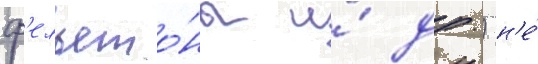
ф'ельето́ны и́ др.) н'е́